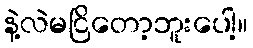
နဲ့လဲမငြိတော့ဘူးပေါ့။